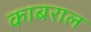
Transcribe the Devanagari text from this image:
काबराल